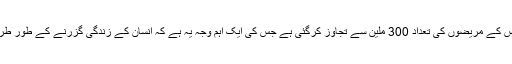
اس وقت دنیا میں‌ ذیابیطس کے مریضوں‌ کی تعداد 300 ملین سے تجاوز کرگئی ہے جس کی ایک اہم وجہ یہ ہے کہ انسان کے زندگی گزرنے کے طور طریقے تبد یل ہو رہے ہیں۔